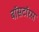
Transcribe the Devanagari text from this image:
बॉसटॉरस